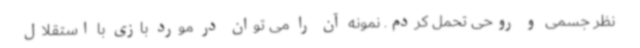
نظر جسمی و روحی تحمل کردم. نمونه آن را می توان در مورد بازی با استقلال